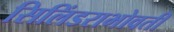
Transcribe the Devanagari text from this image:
सिलिंडराभोवती